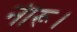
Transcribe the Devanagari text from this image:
नीरू।